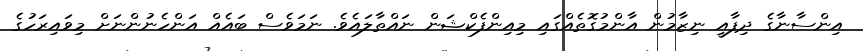
އިންސާނާގެ ދިފާއީ ނިޒާމުން އާންމުގޮތެއްގައި މިއިންފެކްޝަން ނައްތާލައެވެ. ނަމަވެސް ބައެއް އަންހެނުންނަށް މިވައިރަހުގެ